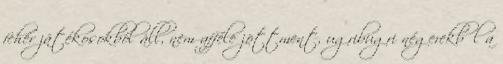
fehér játékosokból áll, nem afféle jöttment, ugribugri négerekből a